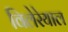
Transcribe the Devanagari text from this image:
विलेरेयाल